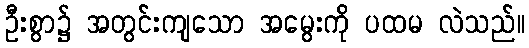
ဦးစွာ၌ အတွင်းကျသော အမွေးကို ပထမ လဲသည်။